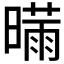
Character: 𰖣